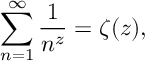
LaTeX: \sum _ { n = 1 } ^ { \infty } \frac { 1 } { n ^ { z } } = \zeta ( z ) ,